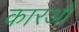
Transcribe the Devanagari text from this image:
कारओ